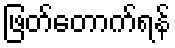
ဖြတ်တောက်ရန်